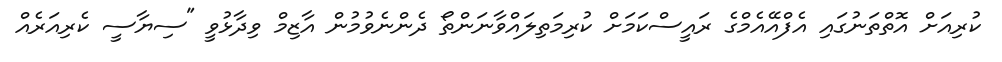
ކުރިއަށް އޮތްތަނުގައި އެފްއޭއެމްގެ ރައީސްކަމަށް ކުރިމަތިލައްވާނަންތޯ ދެންނެވުމުން އާޒިމް ވިދާޅުވީ "ސިޔާސީ ކެރިއަރެއް